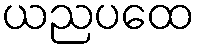
ယညပထေ